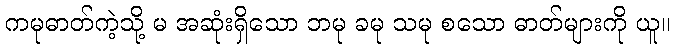
ကမုဓာတ်ကဲ့သို့ မ အဆုံးရှိသော ဘမု ခမု သမု စသော ဓာတ်များကို ယူ။